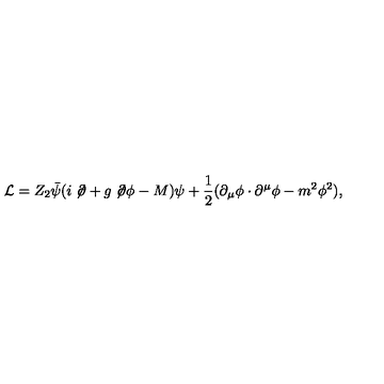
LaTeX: { \cal L } = Z _ { 2 } \bar { \psi } ( i \not \! \partial + g \not \! \partial \phi - M ) \psi + \frac { 1 } { 2 } ( \partial _ { \mu } \phi \cdot \partial ^ { \mu } \phi - m ^ { 2 } \phi ^ { 2 } ) ,